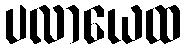
ပလာယေထ